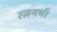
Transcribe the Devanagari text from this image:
रत्नगर्भ।